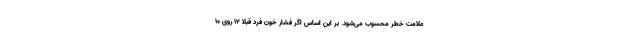
علامت خطر محسوب می‌شود. بر این اساس اگر فشار خون فرد قبلا ۱۲ روی ۱۰